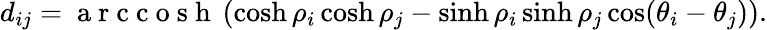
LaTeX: d_{ij}=\mathrm{~a~r~c~c~o~s~h~}\left(\cosh\rho_{i}\cosh\rho_{j}-\sinh\rho_{i}\sinh\rho_{j}\cos(\theta_{i}-\theta_{j})\right).